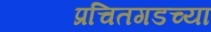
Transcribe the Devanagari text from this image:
प्रचितगडच्या